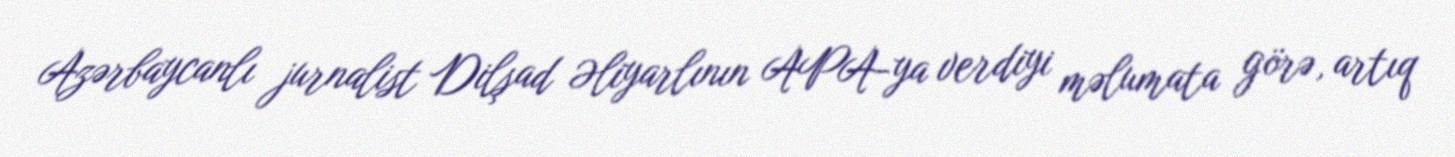
Azərbaycanlı jurnalist Dilşad Əliyarlının APA-ya verdiyi məlumata görə, artıq